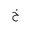
Letter: _kha